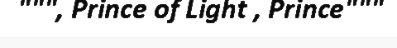
""", Prince of Light , Prince"""